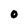
Character: O